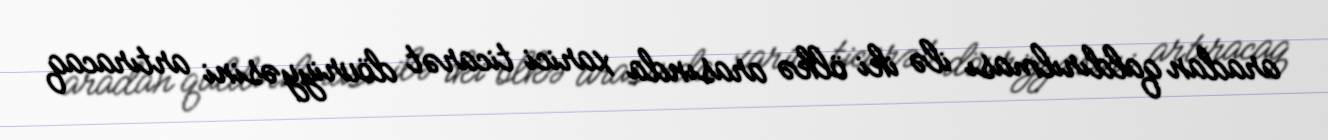
aradan qaldırılması ilə iki ölkə arasında xarici ticarət dövriyyəsini artıracaq